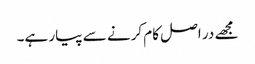
مجھے در اصل کام کرنے سے پیار ہے۔